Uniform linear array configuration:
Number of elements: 32
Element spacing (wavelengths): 0.25
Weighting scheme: hann
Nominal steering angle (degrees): -60
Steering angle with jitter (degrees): -60.679
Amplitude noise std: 0.05
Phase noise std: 0.05

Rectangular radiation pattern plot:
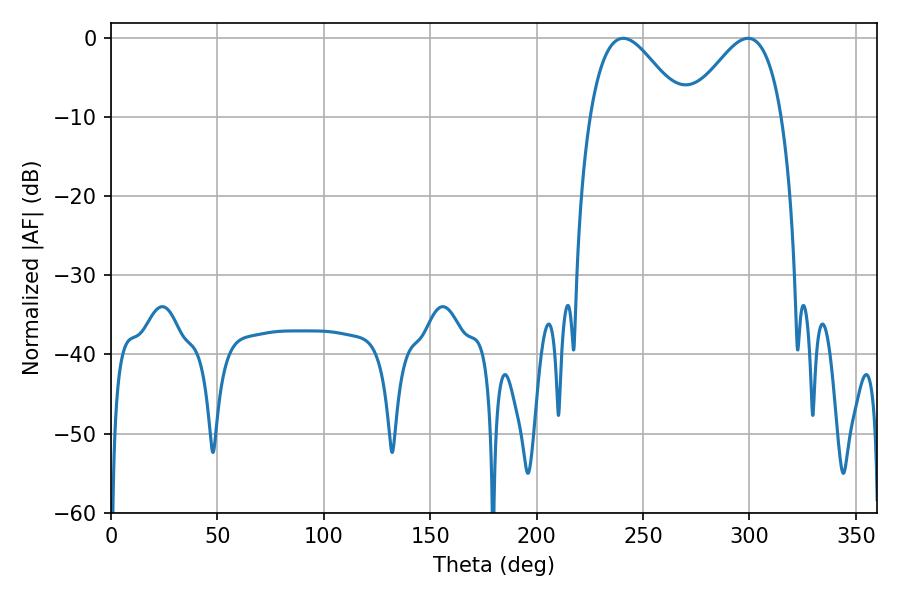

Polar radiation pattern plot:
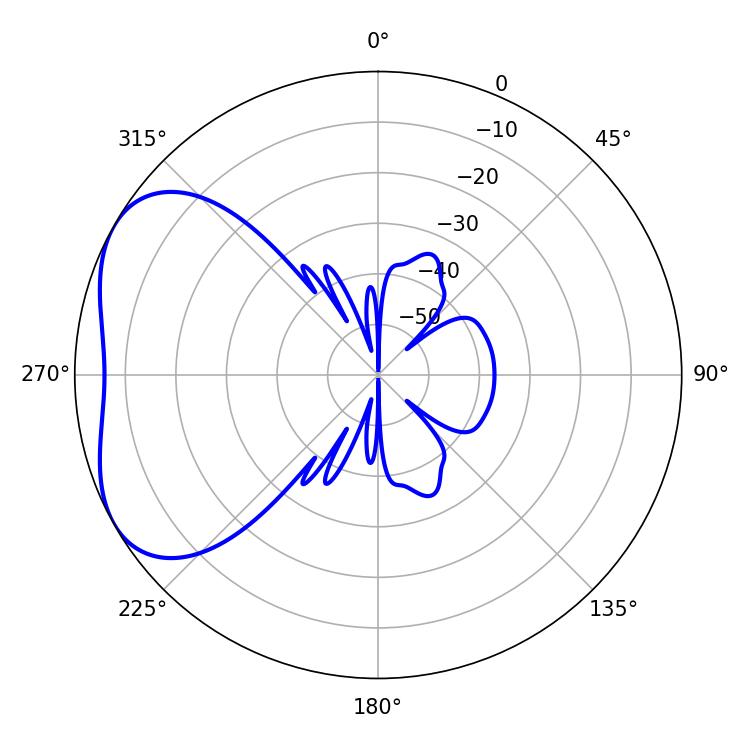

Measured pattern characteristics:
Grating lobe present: FALSE
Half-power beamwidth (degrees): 23.4
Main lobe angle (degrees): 240.66